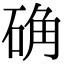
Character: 确